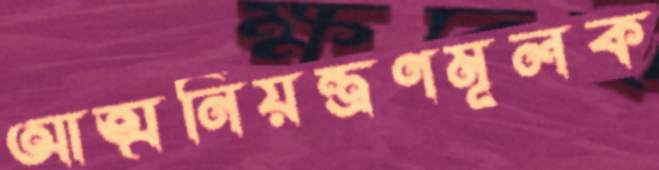
আত্মনিয়ন্ত্রণমূলক